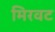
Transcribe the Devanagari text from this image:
मिरवट